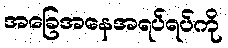
အခြေအနေအရပ်ရပ်ကို